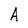
Character: A